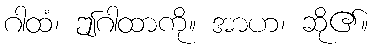
ဂါထံ၊ ဤဂါထာကို။ အာဟ၊ ဆို၏။